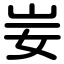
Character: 妛